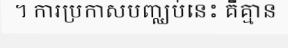
។ ការប្រកាសបញ្ឈប់នេះ គឺគ្មាន